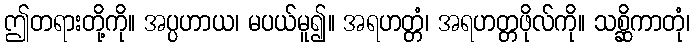
ဤတရားတို့ကို။ အပ္ပဟာယ၊ မပယ်မူ၍။ အရဟတ္တံ၊ အရဟတ္တဖိုလ်ကို။ သစ္ဆိကာတုံ၊